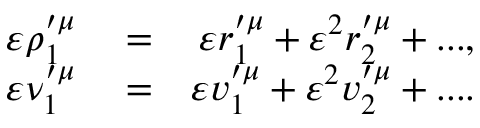
\begin{array} { r l r } { \varepsilon \rho _ { 1 } ^ { \prime \mu } } & { { } = } & { \varepsilon r _ { 1 } ^ { \prime \mu } + \varepsilon ^ { 2 } r _ { 2 } ^ { \prime \mu } + . . . , } \\ { \varepsilon \nu _ { 1 } ^ { \prime \mu } } & { { } = } & { \varepsilon v _ { 1 } ^ { \prime \mu } + \varepsilon ^ { 2 } v _ { 2 } ^ { \prime \mu } + . . . . } \end{array}